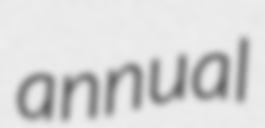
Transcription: annual